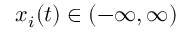
x _ { i } ( t ) \in ( - \infty , \infty )